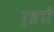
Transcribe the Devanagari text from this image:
र्ध्रााेंं